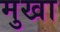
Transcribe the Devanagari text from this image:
मुखा